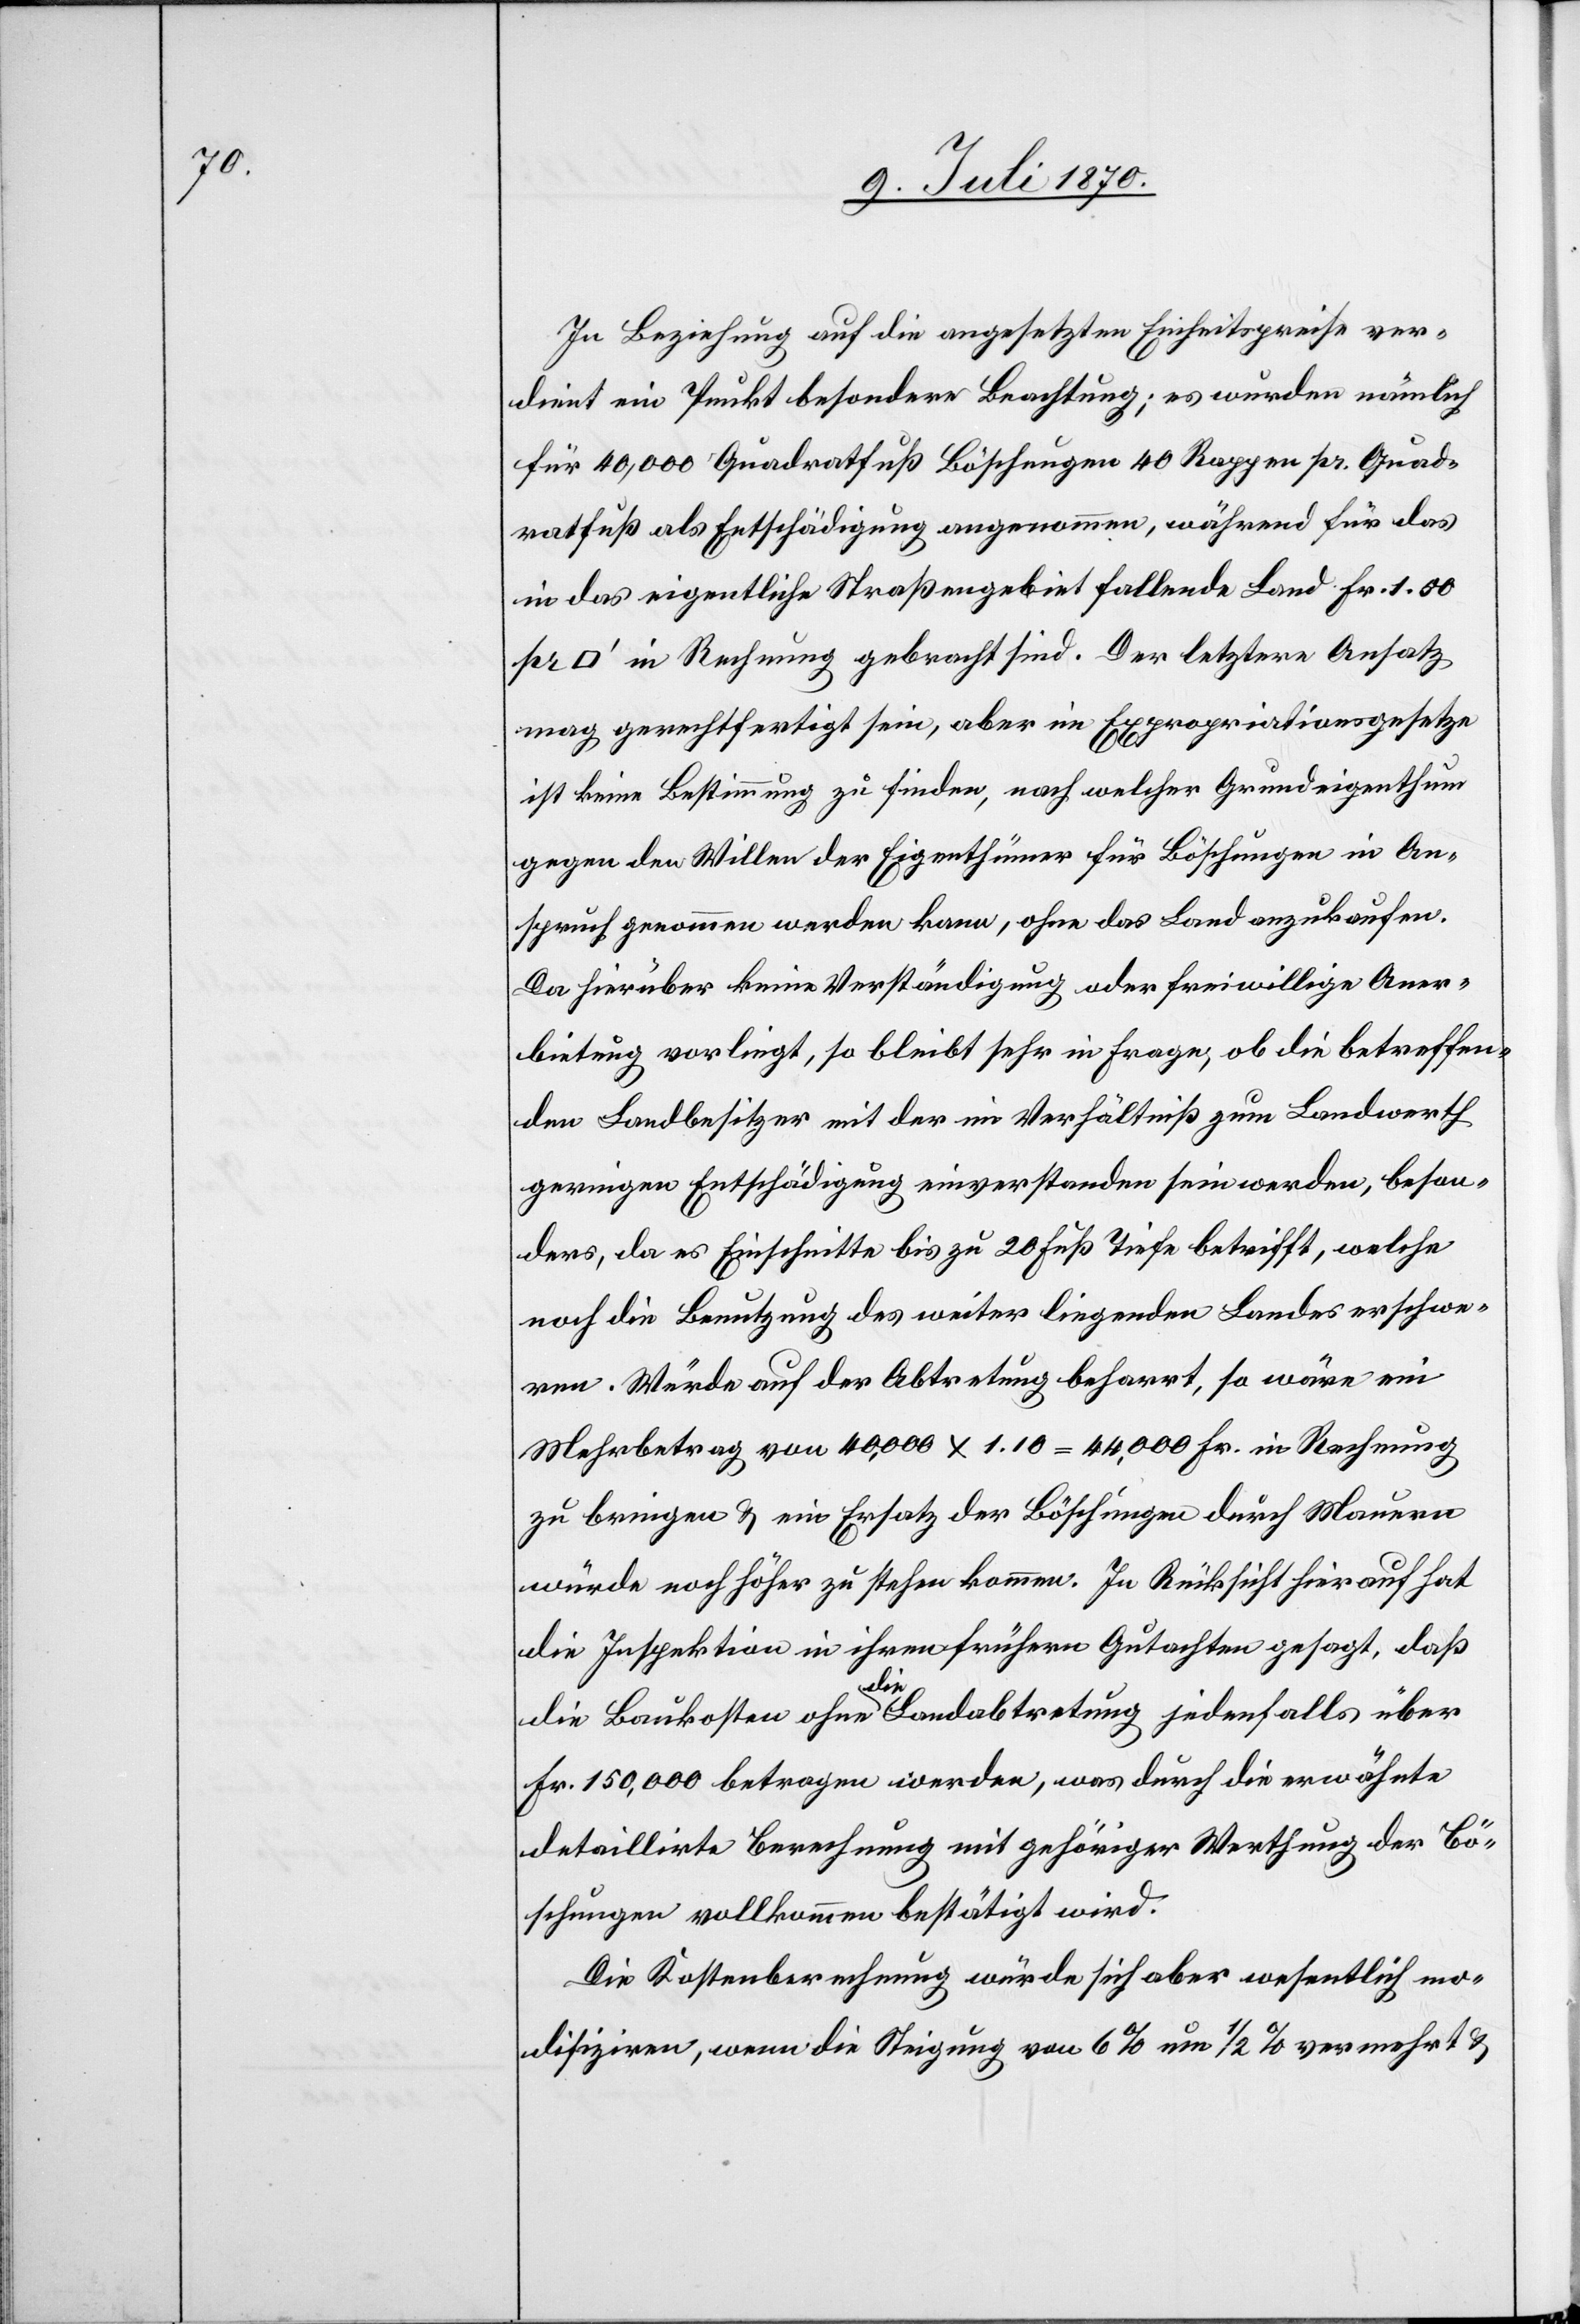
In Beziehung auf die angesetzten Einheitspreise ver¬
dient ein Punkt besondere Beachtung; es wurden nämlich
für 40,000 Quadratfuß Böschungen 40 Rappen pr. Quad¬
ratfuß als Entschädigung angenommen, während für das
in das eigentliche Straßengebiet fallende Land Fr. 1.00
in Rechnung gebracht sind. Der letztere Ansatz
mag gerechtfertigt sein, aber im Expropriationsgesetze
ist keine Bestimmung zu finden, nach welcher Grundeigenthum
gegen den Willen der Eigenthümer für Böschungen in An¬
spruch genommen werden kann, ohne das Land anzukaufen.
Da hierüber keine Verständigung oder freiwillige Aner¬
bietung vorliegt, so bleibt sehr in Frage, ob die betreffen¬
den Landbesitzer mit der im Verhältniß zum Landwerth
geringen Entschädigung einverstanden sein werden, beson¬
ders, da es Einschnitte bis zu 20 Fuß Tiefe betrifft, welche
noch die Benutzung des weiter liegenden Landes erschwe¬
ren. Würde auf der Abtretung beharrt, so wäre ein
Mehrbetrag von 40,000 x 1.10 = 44,000 Fr. in Rechnung
zu bringen & ein Ersatz der Böschungen durch Mauern
würde noch höher zu stehen kommen. In Rücksicht hierauf hat
die Inspektion in ihren frühern Gutachten gesagt, daß
die Baukosten ohne die Landabtretung jedenfalls über
Fr. 150,000 betragen werden, was durch die erwähnte
detaillirte Berechnung mit gehöriger Werthung der Bö¬
schungen vollkommen bestätigt wird.
Die Kostenberechnung würde sich aber wesentlich mo¬
difiziren, wenn die Steigung von 6% um 1/2% vermehrt &